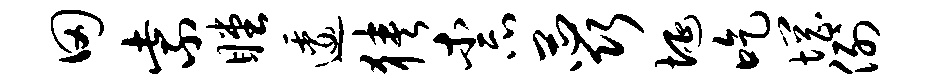
田紫瞠逶狭柰蕊埏吃惘例